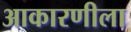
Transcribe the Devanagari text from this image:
आकारणीला